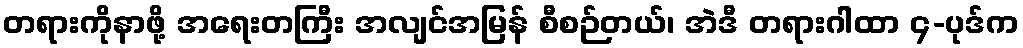
တရားကိုနာဖို့ အရေးတကြီး အလျင်အမြန် စီစဉ်တယ်၊ အဲဒီ တရားဂါထာ ၄-ပုဒ်က